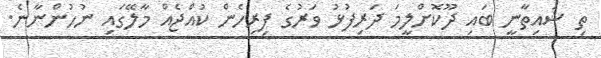
ތި ޝައިތާނީ ބައި ދޫކޮށްލީމަ ދަރިފުޅު ވަރުގެ ފިރިހެން ކުއްޖެއް މާލޭގައި ނުހުންނާނެ.